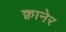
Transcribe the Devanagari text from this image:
क्वानेर